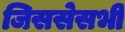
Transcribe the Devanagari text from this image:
जिससेसभी